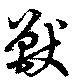
獣